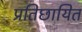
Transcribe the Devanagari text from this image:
प्रतिछायित